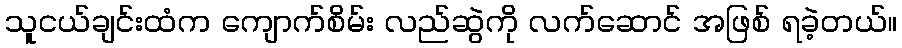
သူငယ်ချင်းထံက ကျောက်စိမ်း လည်ဆွဲကို လက်ဆောင် အဖြစ် ရခဲ့တယ်။